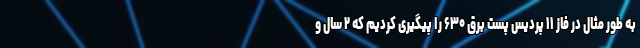
به طور مثال در فاز ۱۱ پردیس پست برق ۶۳۰ را پیگیری کردیم که ۲ سال و